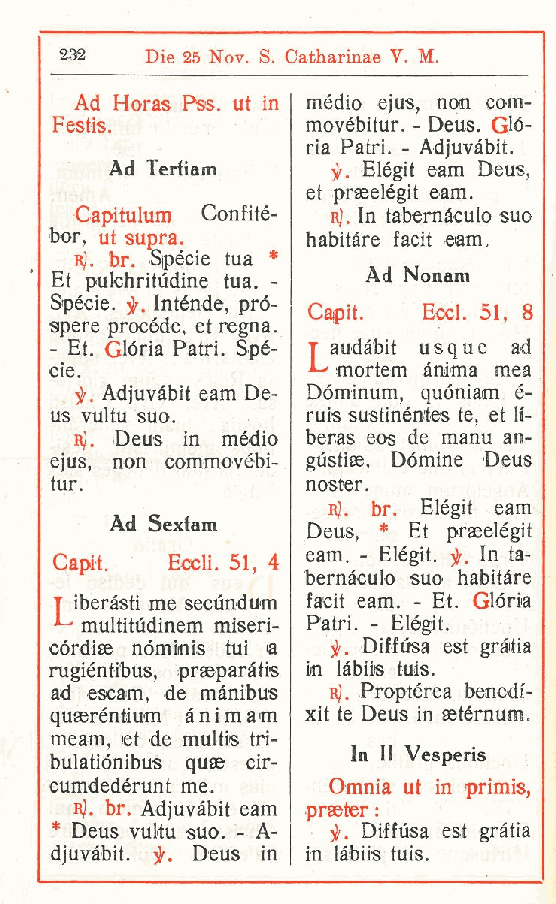
232   Die 25 Nov. S. Catharinae V. M.
 Ad Horas Pss. ut in mèdio ejus, non com-
 Festis.         movébitur. - Deus. Glo-
 ria Patri. - Adjuvàbit.
 Ad Terliam     j)r. Elègit eam Deus,
 et prseelègit eam.
 Capitulum Confité- r). In tabernàculo suo
 bor ut supra.    habitàre facit eam.
 ,
 r]. br. Specie tua *
 Et pulchritudine tua. - Ad Nonam
 Spècie. Intènde, pro-
 Caipit. Eccl. 51, 8
 spere procède, et regna.
 Et. Gloria Patri. Spè- T audàbit usque ad
 -                  mortem ànima mea
 cie.
 f Adjuvàbit eam De- Dóminum, quóniam è-
 .
 us vultu suo.    ruis sustinéntes te, et If-
 Rj. Deus in mèdio beras eos de manu an-
 ejus, non commovébi- gustias. Dòmine Deus
 tur.             noster.
 rJ. br. Elègit eam
 Ad Sextam
 Deus, * Et praeelègit
 eam. - Elègit. . In ta-
 Capit. Eccli. 51, 4
 bernàculo suo habitàre
 T iberàsti me secùndum facit eam. - Et. Gloria
 multitudinem miseri Patri. - Elègit.
 -
 cordiae nóminis tui a jz. Diffusa est gràtia
 rugièntibus, prseparàtis io làbiis tuis.
 ad escam, de mànibus r). Proptèrea benedi-
 quaerèntium à n i m a m xit te Deus in aetèrnum.
 meam, et de multis tri-
 In II Vesperis
 buiatiónibus quae cir-
 cumdedèrunt me.    Omnia ut in primis,
 r). br. Adjuvàbit eam praeter :
 * Deus vuMu suo. - A- )Jr. Diffusa est gràtia
 djuvàbit. f. Deus in in làbiis tuis.